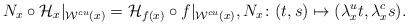
LaTeX: \begin{align*}N_x\circ \mathcal{H}_x|_{\mathcal{W}^{cu}(x)}=\mathcal{H}_{f(x)}\circ f|_{\mathcal{W}^{cu}(x)},N_x\colon (t,s)\mapsto (\lambda_x^u t,\lambda_x^c s). \end{align*}